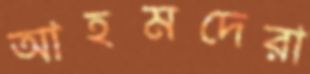
আহমদেরা